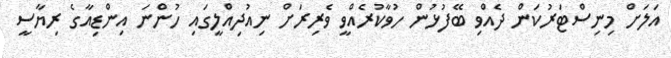
އަލަށް މިނިސްޓަރުކަން ދެއްވި ބޭފުޅުން ހުވާކުރެއްވީ ވެރިރަށް ނިއުދިއްލީގައި ހުންނަ އިންޑިއާގެ ރިޔާސީ